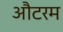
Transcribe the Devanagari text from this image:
औटरम